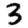
Digit: 3